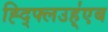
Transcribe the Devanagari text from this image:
ह्द्फ्लिउह्॑एब